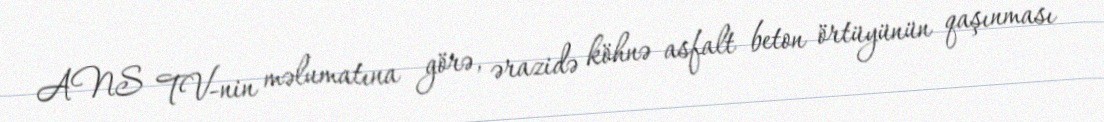
ANS TV-nin məlumatına görə, ərazidə köhnə asfalt beton örtüyünün qaşınması